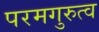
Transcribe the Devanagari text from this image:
परमगुरुत्व